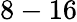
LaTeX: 8-16